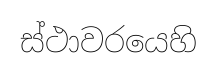
ස්ථාවරයෙහි